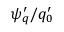
{ \psi } _ { q } ^ { \prime } / q _ { 0 } ^ { \prime }